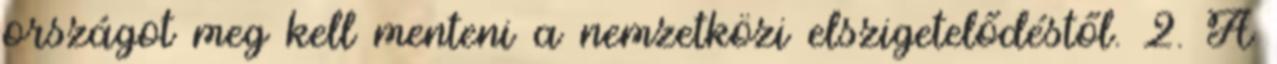
országot meg kell menteni a nemzetközi elszigetelődéstől. 2. A